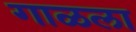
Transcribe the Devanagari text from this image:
गाळला